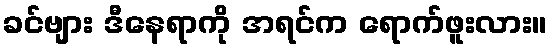
ခင်ဗျား ဒီနေရာကို အရင်က ရောက်ဖူးလား။